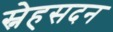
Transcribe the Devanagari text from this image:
स्नेहसदन